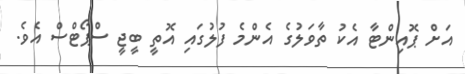
އަށް ޕޮއިންޓާ އެކު ތާވަލުގެ އެންމެ ފުލުގައި އޮތީ ބީޖީ ސްޕޯޓްސް އެވެ.